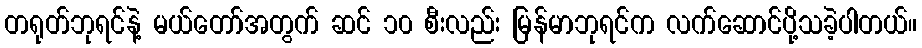
တရုတ်ဘုရင်နဲ့ မယ်တော်အတွက် ဆင် ၁၀ စီးလည်း မြန်မာဘုရင်က လက်ဆောင်ပို့သခဲ့ပါတယ်။